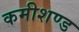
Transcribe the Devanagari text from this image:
कमीशण्ड